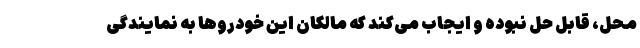
محل، قابل حل نبوده و ایجاب می‌کند که مالکان این خودروها به نمایندگی